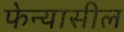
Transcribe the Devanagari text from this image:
फेन्यासील